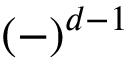
( - ) ^ { d - 1 }